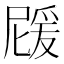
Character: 𭶵